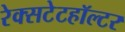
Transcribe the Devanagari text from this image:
रेक्सटेटहॉल्टर